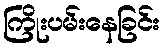
ကြိုးပမ်းနေခြင်း